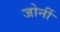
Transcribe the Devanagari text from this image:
जोर्नी